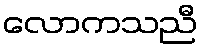
လောကသညီ